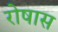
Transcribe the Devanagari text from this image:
रोषास